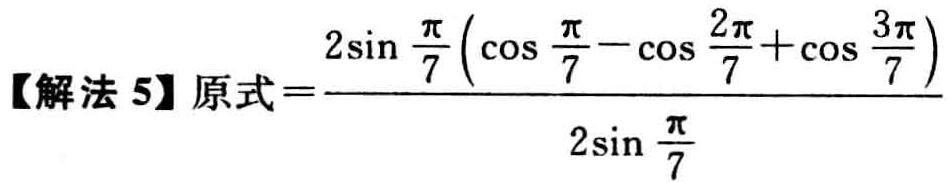
【解法 5】原式\(=\dfrac{2\sin\dfrac{\pi}{7}\left(\cos\dfrac{\pi}{7}-\cos\dfrac{2\pi}{7}+\cos\dfrac{3\pi}{7}\right)}{2\sin\dfrac{\pi}{7}}\)